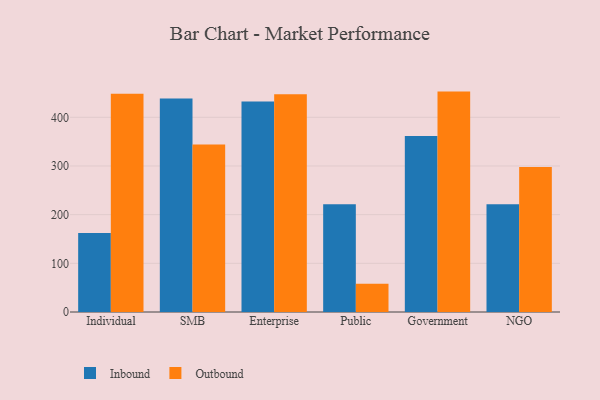
{"axis": {"x": "Segment", "y": "Page Views"}, "legend": ["Inbound", "Outbound"], "data": [{"x": "Individual", "y": 162.5, "type": "Inbound"}, {"x": "Individual", "y": 448.2, "type": "Outbound"}, {"x": "SMB", "y": 438.4, "type": "Inbound"}, {"x": "SMB", "y": 344.1, "type": "Outbound"}, {"x": "Enterprise", "y": 432.3, "type": "Inbound"}, {"x": "Enterprise", "y": 447.1, "type": "Outbound"}, {"x": "Public", "y": 221.5, "type": "Inbound"}, {"x": "Public", "y": 57.8, "type": "Outbound"}, {"x": "Government", "y": 361.7, "type": "Inbound"}, {"x": "Government", "y": 452.8, "type": "Outbound"}, {"x": "NGO", "y": 221.5, "type": "Inbound"}, {"x": "NGO", "y": 297.7, "type": "Outbound"}]}